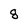
Character: 8